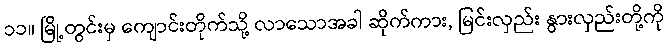
၁၁။ မြို့တွင်းမှ ကျောင်းတိုက်သို့ လာသောအခါ ဆိုက်ကား, မြင်းလှည်း နွားလှည်းတို့ကို